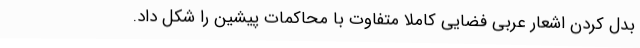
بدل کردن اشعار عربی فضایی کاملا متفاوت با محاکمات پیشین را شکل داد.